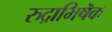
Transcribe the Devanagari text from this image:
रुद्राभिषॆक